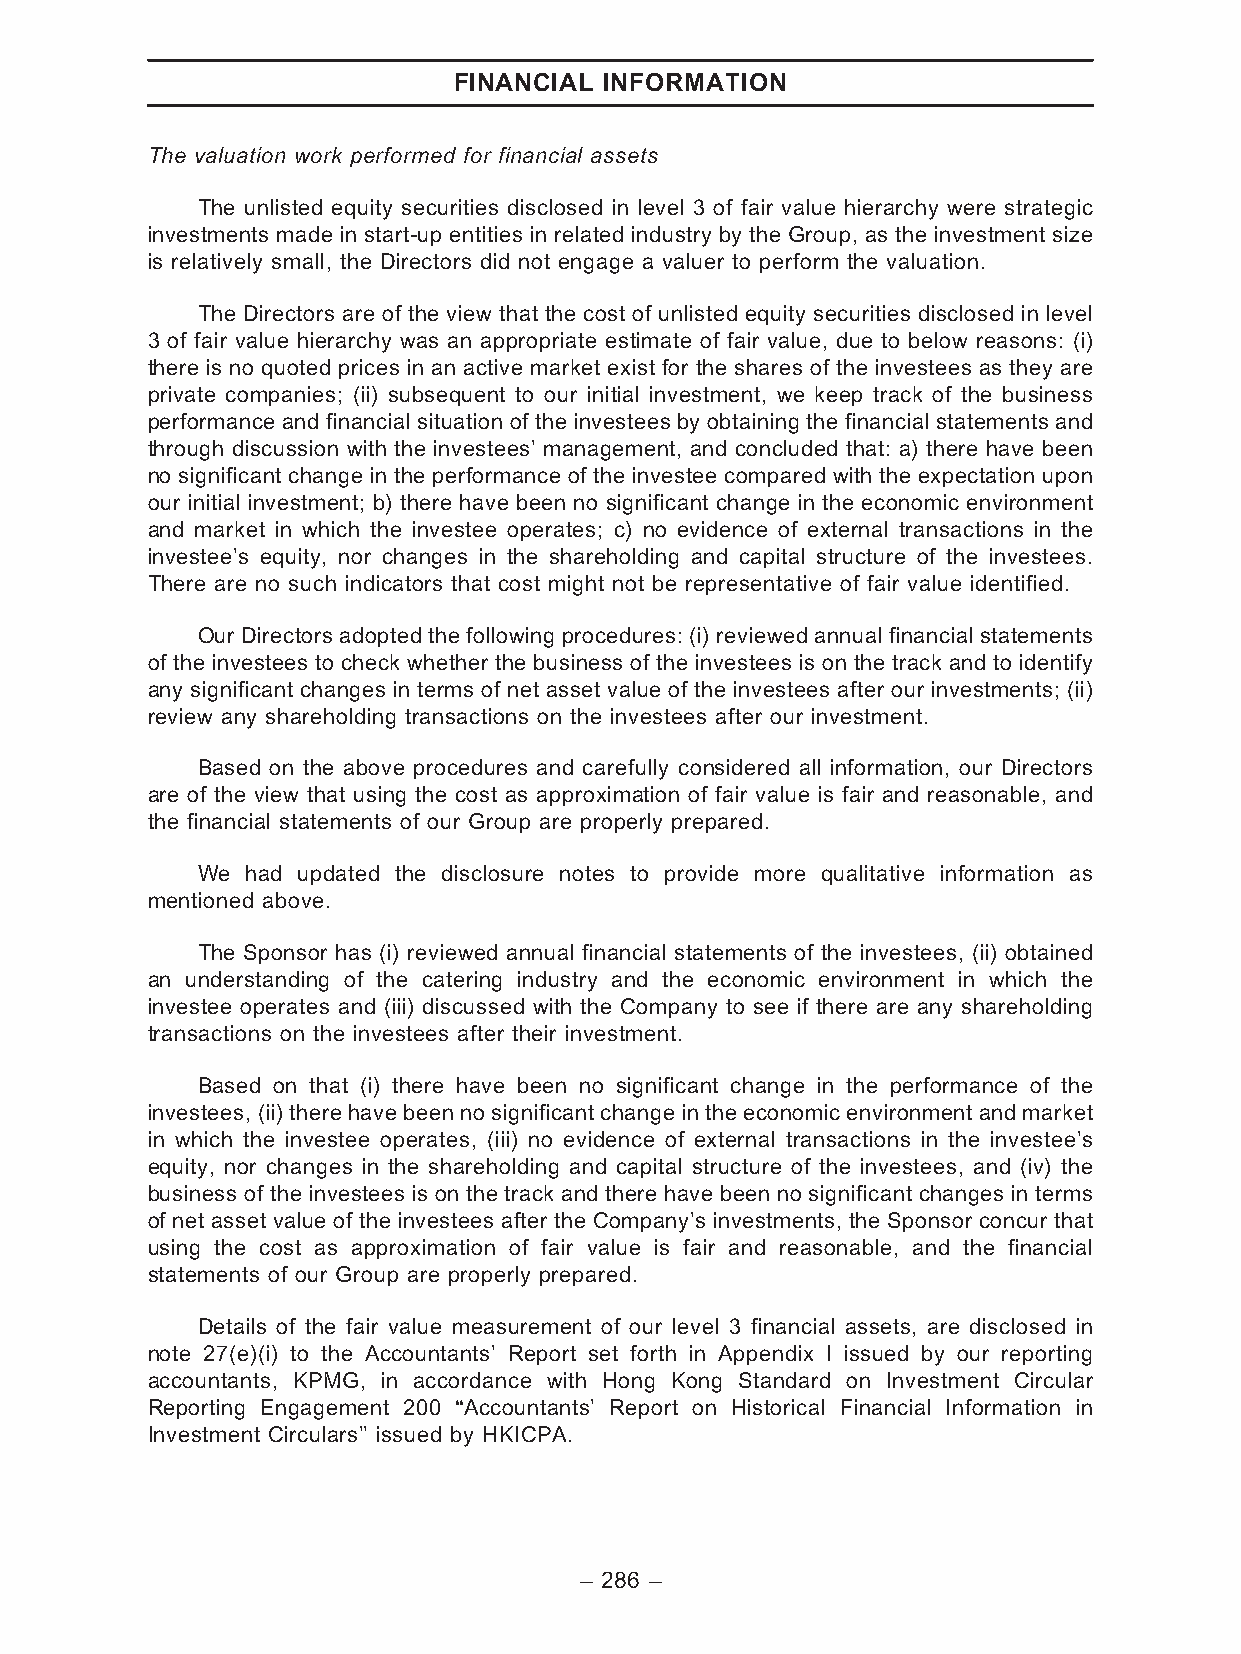
FINANCIAL INFORMATION
 The valuation work performed for financial assets
 The unlisted equity securities disclosed in level 3 of fair value hierarchy were strategic
 investments made in start-up entities in related industry by the Group, as the investment size
 is relatively small, the Directors did not engage a valuer to perform the valuation.
 The Directors are of the view that the cost of unlisted equity securities disclosed in level
 3 of fair value hierarchy was an appropriate estimate of fair value, due to below reasons: (i)
 there is no quoted prices in an active market exist for the shares of the investees as they are
 private companies; (ii) subsequent to our initial investment, we keep track of the business
 performance and financial situation of the investees by obtaining the financial statements and
 through discussion with the investees’ management, and concluded that: a) there have been
 no significant change in the performance of the investee compared with the expectation upon
 our initial investment; b) there have been no significant change in the economic environment
 and market in which the investee operates; c) no evidence of external transactions in the
 investee’s equity, nor changes in the shareholding and capital structure of the investees.
 There are no such indicators that cost might not be representative of fair value identified.
 Our Directors adopted the following procedures: (i) reviewed annual financial statements
 of the investees to check whether the business of the investees is on the track and to identify
 any significant changes in terms of net asset value of the investees after our investments; (ii)
 review any shareholding transactions on the investees after our investment.
 Based on the above procedures and carefully considered all information, our Directors
 are of the view that using the cost as approximation of fair value is fair and reasonable, and
 the financial statements of our Group are properly prepared.
 We had updated the disclosure notes to provide more qualitative information as
 mentioned above.
 The Sponsor has (i) reviewed annual financial statements of the investees, (ii) obtained
 an understanding of the catering industry and the economic environment in which the
 investee operates and (iii) discussed with the Company to see if there are any shareholding
 transactions on the investees after their investment.
 Based on that (i) there have been no significant change in the performance of the
 investees, (ii) there have been no significant change in the economic environment and market
 in which the investee operates, (iii) no evidence of external transactions in the investee’s
 equity, nor changes in the shareholding and capital structure of the investees, and (iv) the
 business of the investees is on the track and there have been no significant changes in terms
 of net asset value of the investees after the Company’s investments, the Sponsor concur that
 using the cost as approximation of fair value is fair and reasonable, and the financial
 statements of our Group are properly prepared.
 Details of the fair value measurement of our level 3 financial assets, are disclosed in
 note 27(e)(i) to the Accountants’ Report set forth in Appendix I issued by our reporting
 accountants, KPMG, in accordance with Hong Kong Standard on Investment Circular
 Reporting Engagement 200 ‘‘Accountants’ Report on Historical Financial Information in
 Investment Circulars’’ issued by HKICPA.
 – 286 –